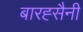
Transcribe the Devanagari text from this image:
बारह्सैनी